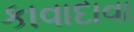
કાવાદાવા